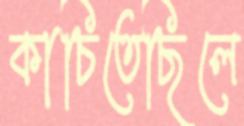
কাচিতেছিলে